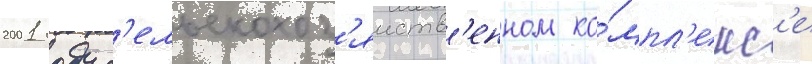
2001 году с'ельскохоз'яиств'енном ко́мпл'екс'е